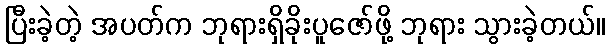
ပြီးခဲ့တဲ့ အပတ်က ဘုရားရှိခိုးပူဇော်ဖို့ ဘုရား သွားခဲ့တယ်။